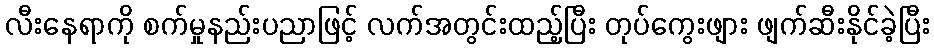
လီးနေရာကို စက်မှုနည်းပညာဖြင့် လက်အတွင်းထည့်ပြီး တုပ်ကွေးဖျား ဖျက်ဆီးနိုင်ခဲ့ပြီး